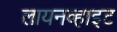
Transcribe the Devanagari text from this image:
लायनव्हाइट